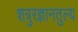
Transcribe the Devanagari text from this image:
शत्रुरज्ञानतुल्य